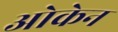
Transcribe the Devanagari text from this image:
ओकेन